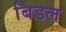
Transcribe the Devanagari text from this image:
बिडल